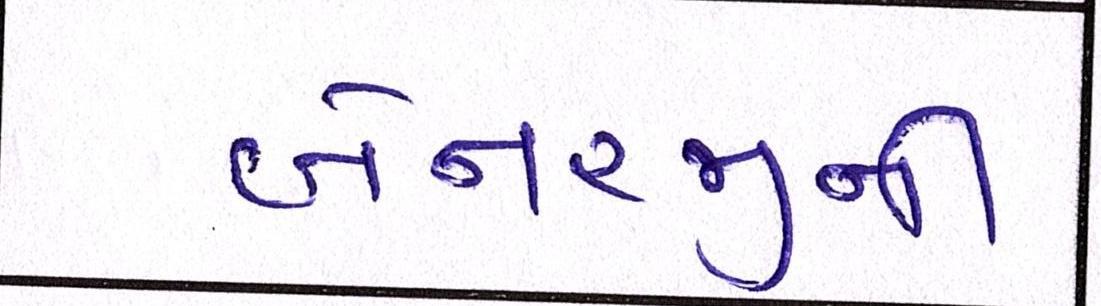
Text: બેનરજીની